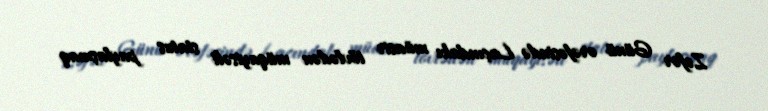
Zəfər Günü ərəfəsində Laçındakı müasir tövlədən müqayisəli status paylaşmaq